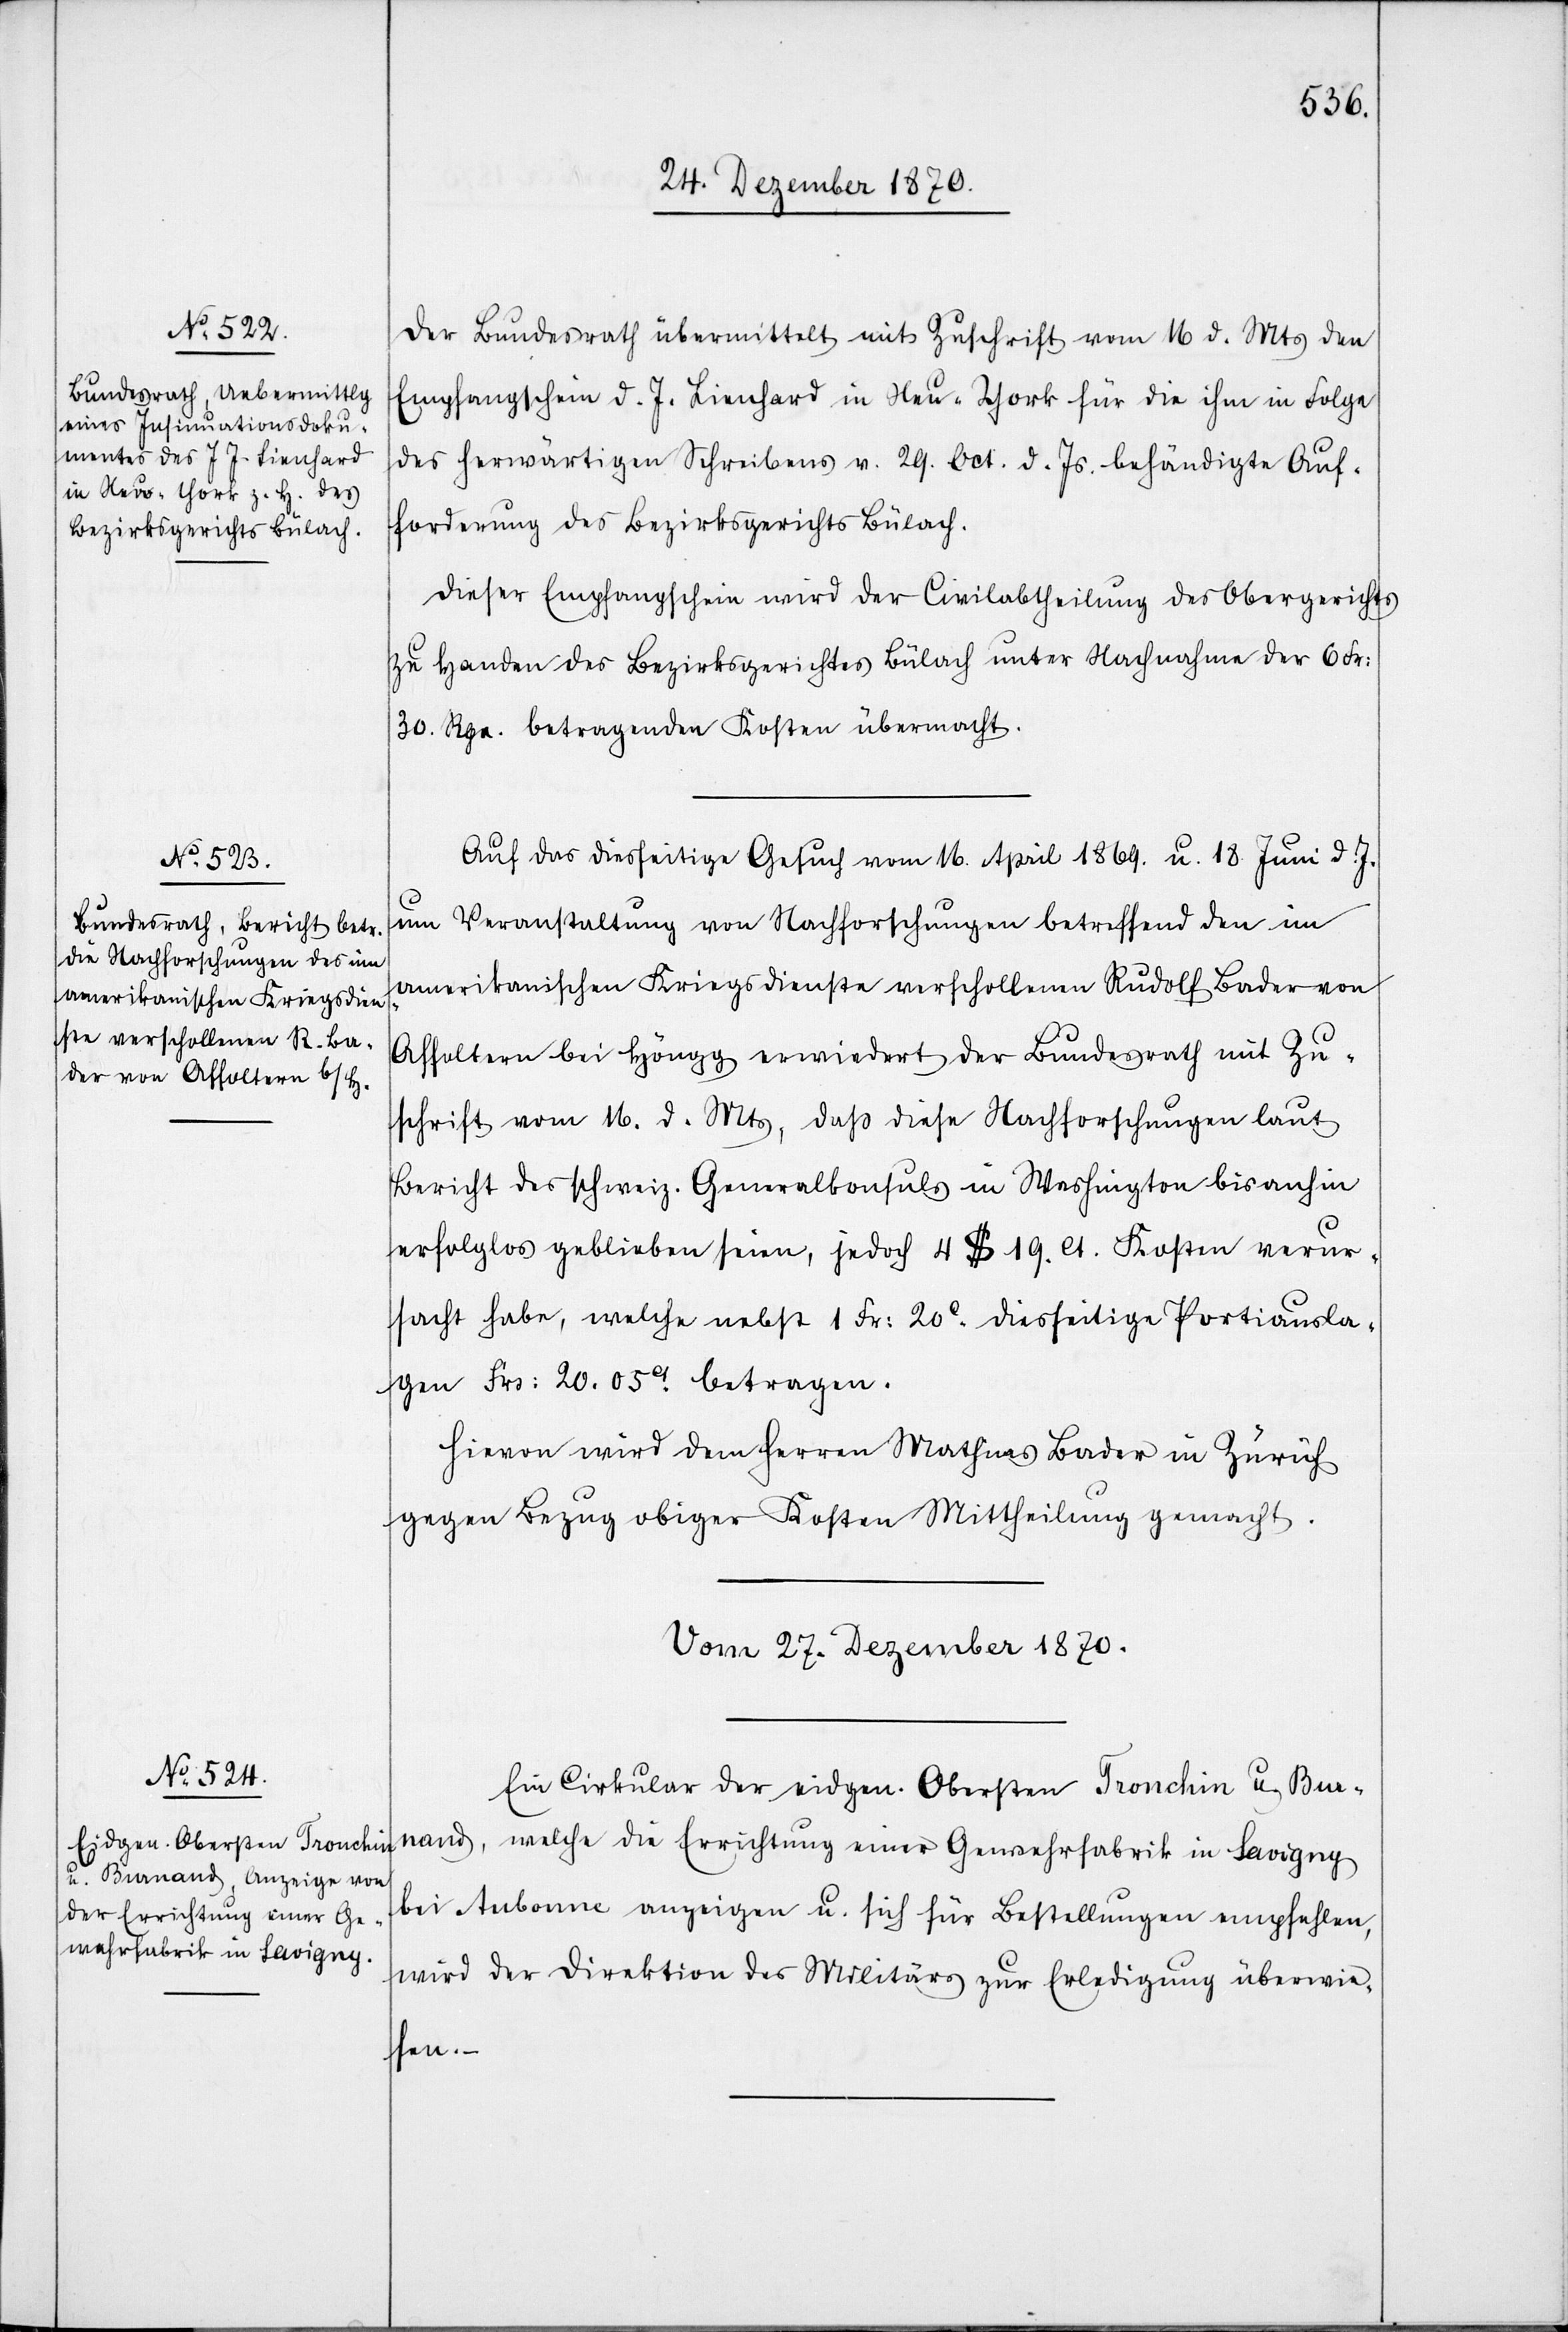
Der Bundesrath übermittelt mit Zuschrift vom 16 d. Mts den
Empfangschein d. J. Lienhard in Neu-York für die ihm in Folge
des herwärtigen Schreibens v. 29. Oct. d. Js. behändigte Auf¬
forderung des Bezirksgerichts Bülach.
Dieser Empfangschein wird der Civilabtheilung des Obergerichts
zu Handen des Bezirksgerichtes Bülach unter Nachnahme der 6 Fr:
30. Rpn. betragenden Kosten übermacht.
Auf das diesseitige Gesuch vom 16. April 1869. u. 18. Juni d. J.
um Veranstaltung von Nachforschungen betreffend den im
amerikanischen Kriegsdienste verschollenen Rudolf Bader von
Affoltern bei Höngg erwiedert der Bundesrath mit Zu¬
schrift vom 16. d. Mts, daß diese Nachforschungen laut
Bericht des schweiz. Generalkonsuls in Washington bis anhin
erfolglos geblieben seien, jedoch 4 $ 19. Ct. Kosten verur¬
sacht haben, welche nebst 1 Fr: 20C diesseitige Portiausla¬
gen Frs: 20. 05Ct. betragen.
Hievon wird dem Herren Mathias Bader in Zürich
gegen Bezug obiger Kosten Mittheilung gemacht.
Vom 27. Dezember 1870.
Ein Cirkular der eidgen. Obersten Tronchin u. Ber¬
nand, welche die Errichtung einer Gewehrfabrik in Savigny
bei Aubonne anzeigen u. sich für Bestellungen empfehlen,
wird der Direktion des Militärs zur Erledigung überwie¬
sen.